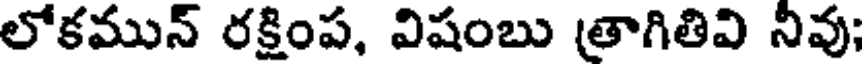
లోకమున్ రక్షింప, విషంబు త్రాగితివి నివు;